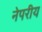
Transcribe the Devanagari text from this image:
नेपरीय